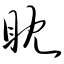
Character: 眈